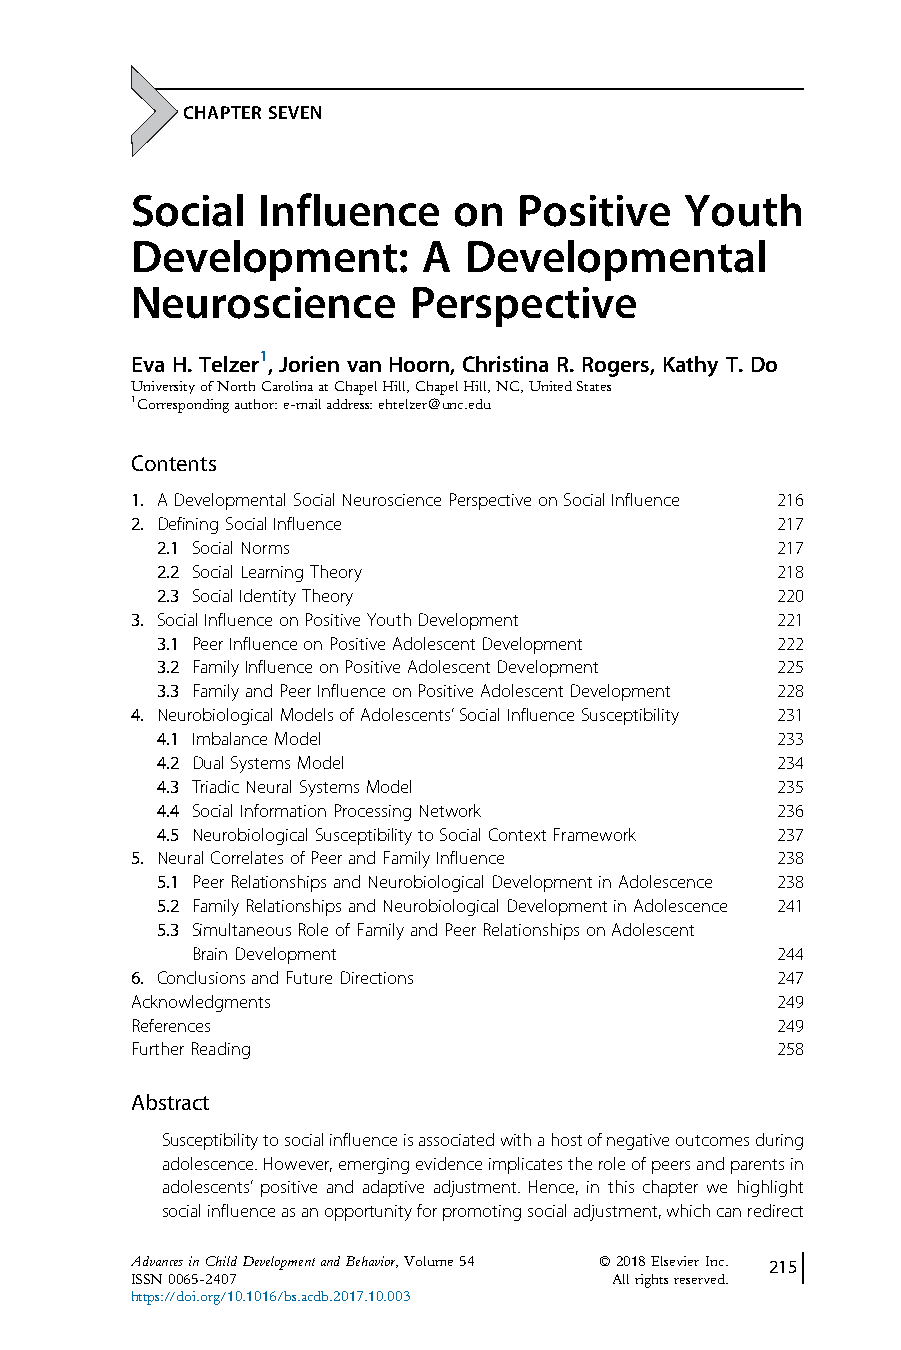
CHAPTER SEVEN
 Social  Influence    on  Positive   Youth
 Development:       A  Developmental
 Neuroscience      Perspective
 Eva H. Telzer1, Jorien van Hoorn, Christina R. Rogers, Kathy T. Do
 UniversityofNorthCarolinaatChapelHill,ChapelHill,NC,UnitedStates
 1Correspondingauthor:e-mailaddress:ehtelzer@unc.edu
 Contents
 1. ADevelopmentalSocialNeurosciencePerspectiveonSocialInfluence 216
 2. DefiningSocialInfluence                217
 2.1 SocialNorms                          217
 2.2 SocialLearningTheory                 218
 2.3 SocialIdentityTheory                 220
 3. SocialInfluenceonPositiveYouthDevelopment 221
 3.1 PeerInfluenceonPositiveAdolescentDevelopment 222
 3.2 FamilyInfluenceonPositiveAdolescentDevelopment 225
 3.3 FamilyandPeerInfluenceonPositiveAdolescentDevelopment 228
 4. NeurobiologicalModelsofAdolescents’SocialInfluenceSusceptibility 231
 4.1 ImbalanceModel                       233
 4.2 DualSystemsModel                     234
 4.3 TriadicNeuralSystemsModel            235
 4.4 SocialInformationProcessingNetwork   236
 4.5 NeurobiologicalSusceptibilitytoSocialContextFramework 237
 5. NeuralCorrelatesofPeerandFamilyInfluence 238
 5.1 PeerRelationshipsandNeurobiologicalDevelopmentinAdolescence 238
 5.2 FamilyRelationshipsandNeurobiologicalDevelopmentinAdolescence 241
 5.3 SimultaneousRoleofFamilyandPeerRelationshipsonAdolescent
 BrainDevelopment                      244
 6. ConclusionsandFutureDirections         247
 Acknowledgments                           249
 References                                249
 FurtherReading                            258
 Abstract
 Susceptibilitytosocialinfluenceisassociatedwithahostofnegativeoutcomesduring
 adolescence.However,emergingevidenceimplicatestheroleofpeersandparentsin
 adolescents’ positive and adaptive adjustment. Hence, in this chapter we highlight
 socialinfluenceasanopportunityforpromotingsocialadjustment,whichcanredirect
 AdvancesinChildDevelopmentandBehavior,Volume54 #2018ElsevierInc. 215
 ISSN0065-2407                  Allrightsreserved.
 https://doi.org/10.1016/bs.acdb.2017.10.003